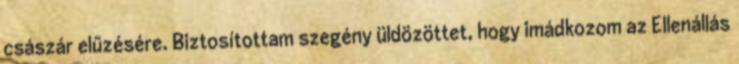
császár elűzésére. Biztosítottam szegény üldözöttet, hogy imádkozom az Ellenállás